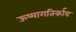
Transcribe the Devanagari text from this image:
ऊष्मागतिर्काय